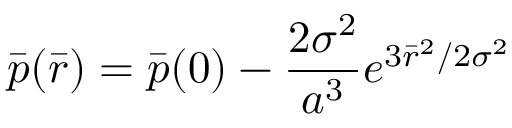
\bar { p } ( \bar { r } ) = \bar { p } ( 0 ) - \frac { 2 { \sigma } ^ { 2 } } { a ^ { 3 } } e ^ { 3 \bar { r } ^ { 2 } / 2 { \sigma } ^ { 2 } }